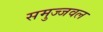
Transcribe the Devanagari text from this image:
समुज्जवल